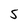
Character: 5